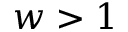
w > 1